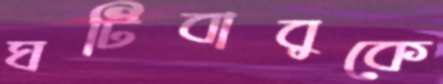
ঘটিবাবুকে